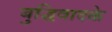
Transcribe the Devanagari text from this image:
बुद्धिवादके